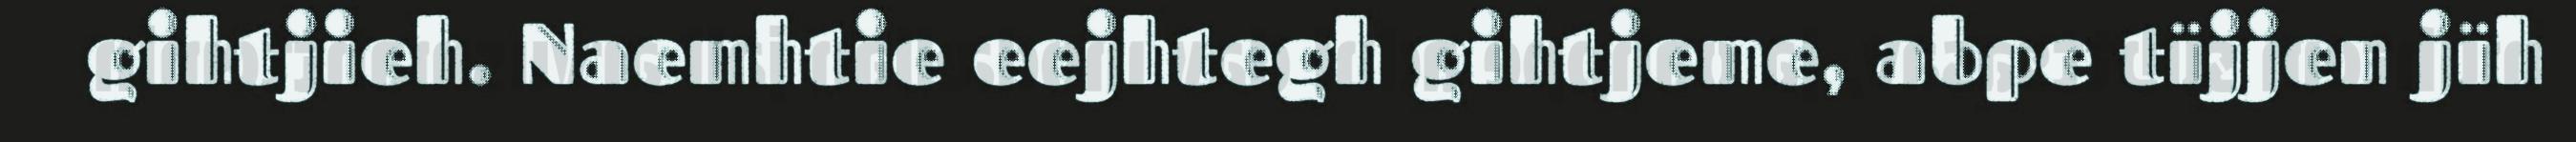
gihtjieh. Naemhtie eejhtegh gihtjeme, abpe tïjjen jïh